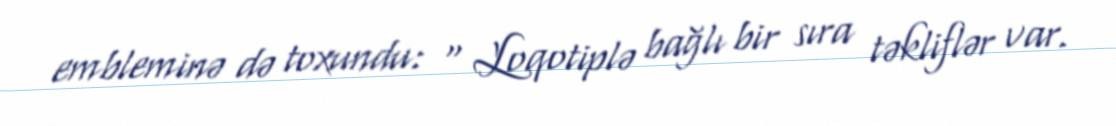
embleminə də toxundu: “ Loqotiplə bağlı bir sıra təkliflər var.